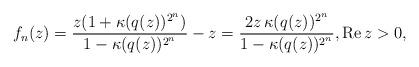
LaTeX: \begin{align*} f_n(z) = \frac{z(1+\kappa(q(z))^{2^{n}})}{1 - \kappa(q(z))^{2^{n}}} - z= \frac{2z \, \kappa(q(z))^{2^{n}}}{1 - \kappa(q(z))^{2^{n}}}, {\rm Re} \, z > 0, \end{align*}